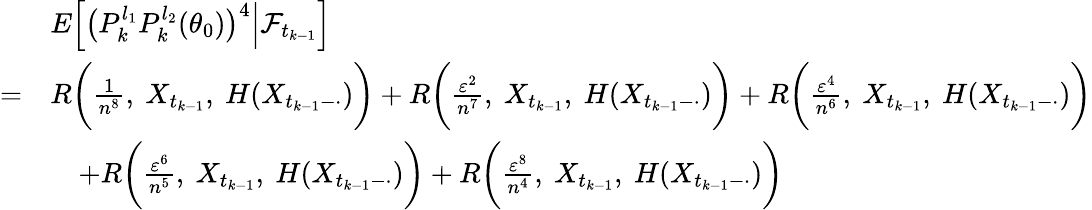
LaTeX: \begin{array}{rl}&{E\Big[\big(P_{k}^{l_{1}}P_{k}^{l_{2}}(\theta_{0})\big)^{4}\Big|\mathcal{F}_{t_{k-1}}\Big]}\\ {=}&{R\bigg(\frac{1}{n^{8}},~X_{t_{k-1}},~H(X_{t_{k-1}-\cdot})\bigg)+R\bigg(\frac{\varepsilon^{2}}{n^{7}},~X_{t_{k-1}},~H(X_{t_{k-1}-\cdot})\bigg)+R\bigg(\frac{\varepsilon^{4}}{n^{6}},~X_{t_{k-1}},~H(X_{t_{k-1}-\cdot})\bigg)}\\ &{\quad+R\bigg(\frac{\varepsilon^{6}}{n^{5}},~X_{t_{k-1}},~H(X_{t_{k-1}-\cdot})\bigg)+R\bigg(\frac{\varepsilon^{8}}{n^{4}},~X_{t_{k-1}},~H(X_{t_{k-1}-\cdot})\bigg)}\end{array}